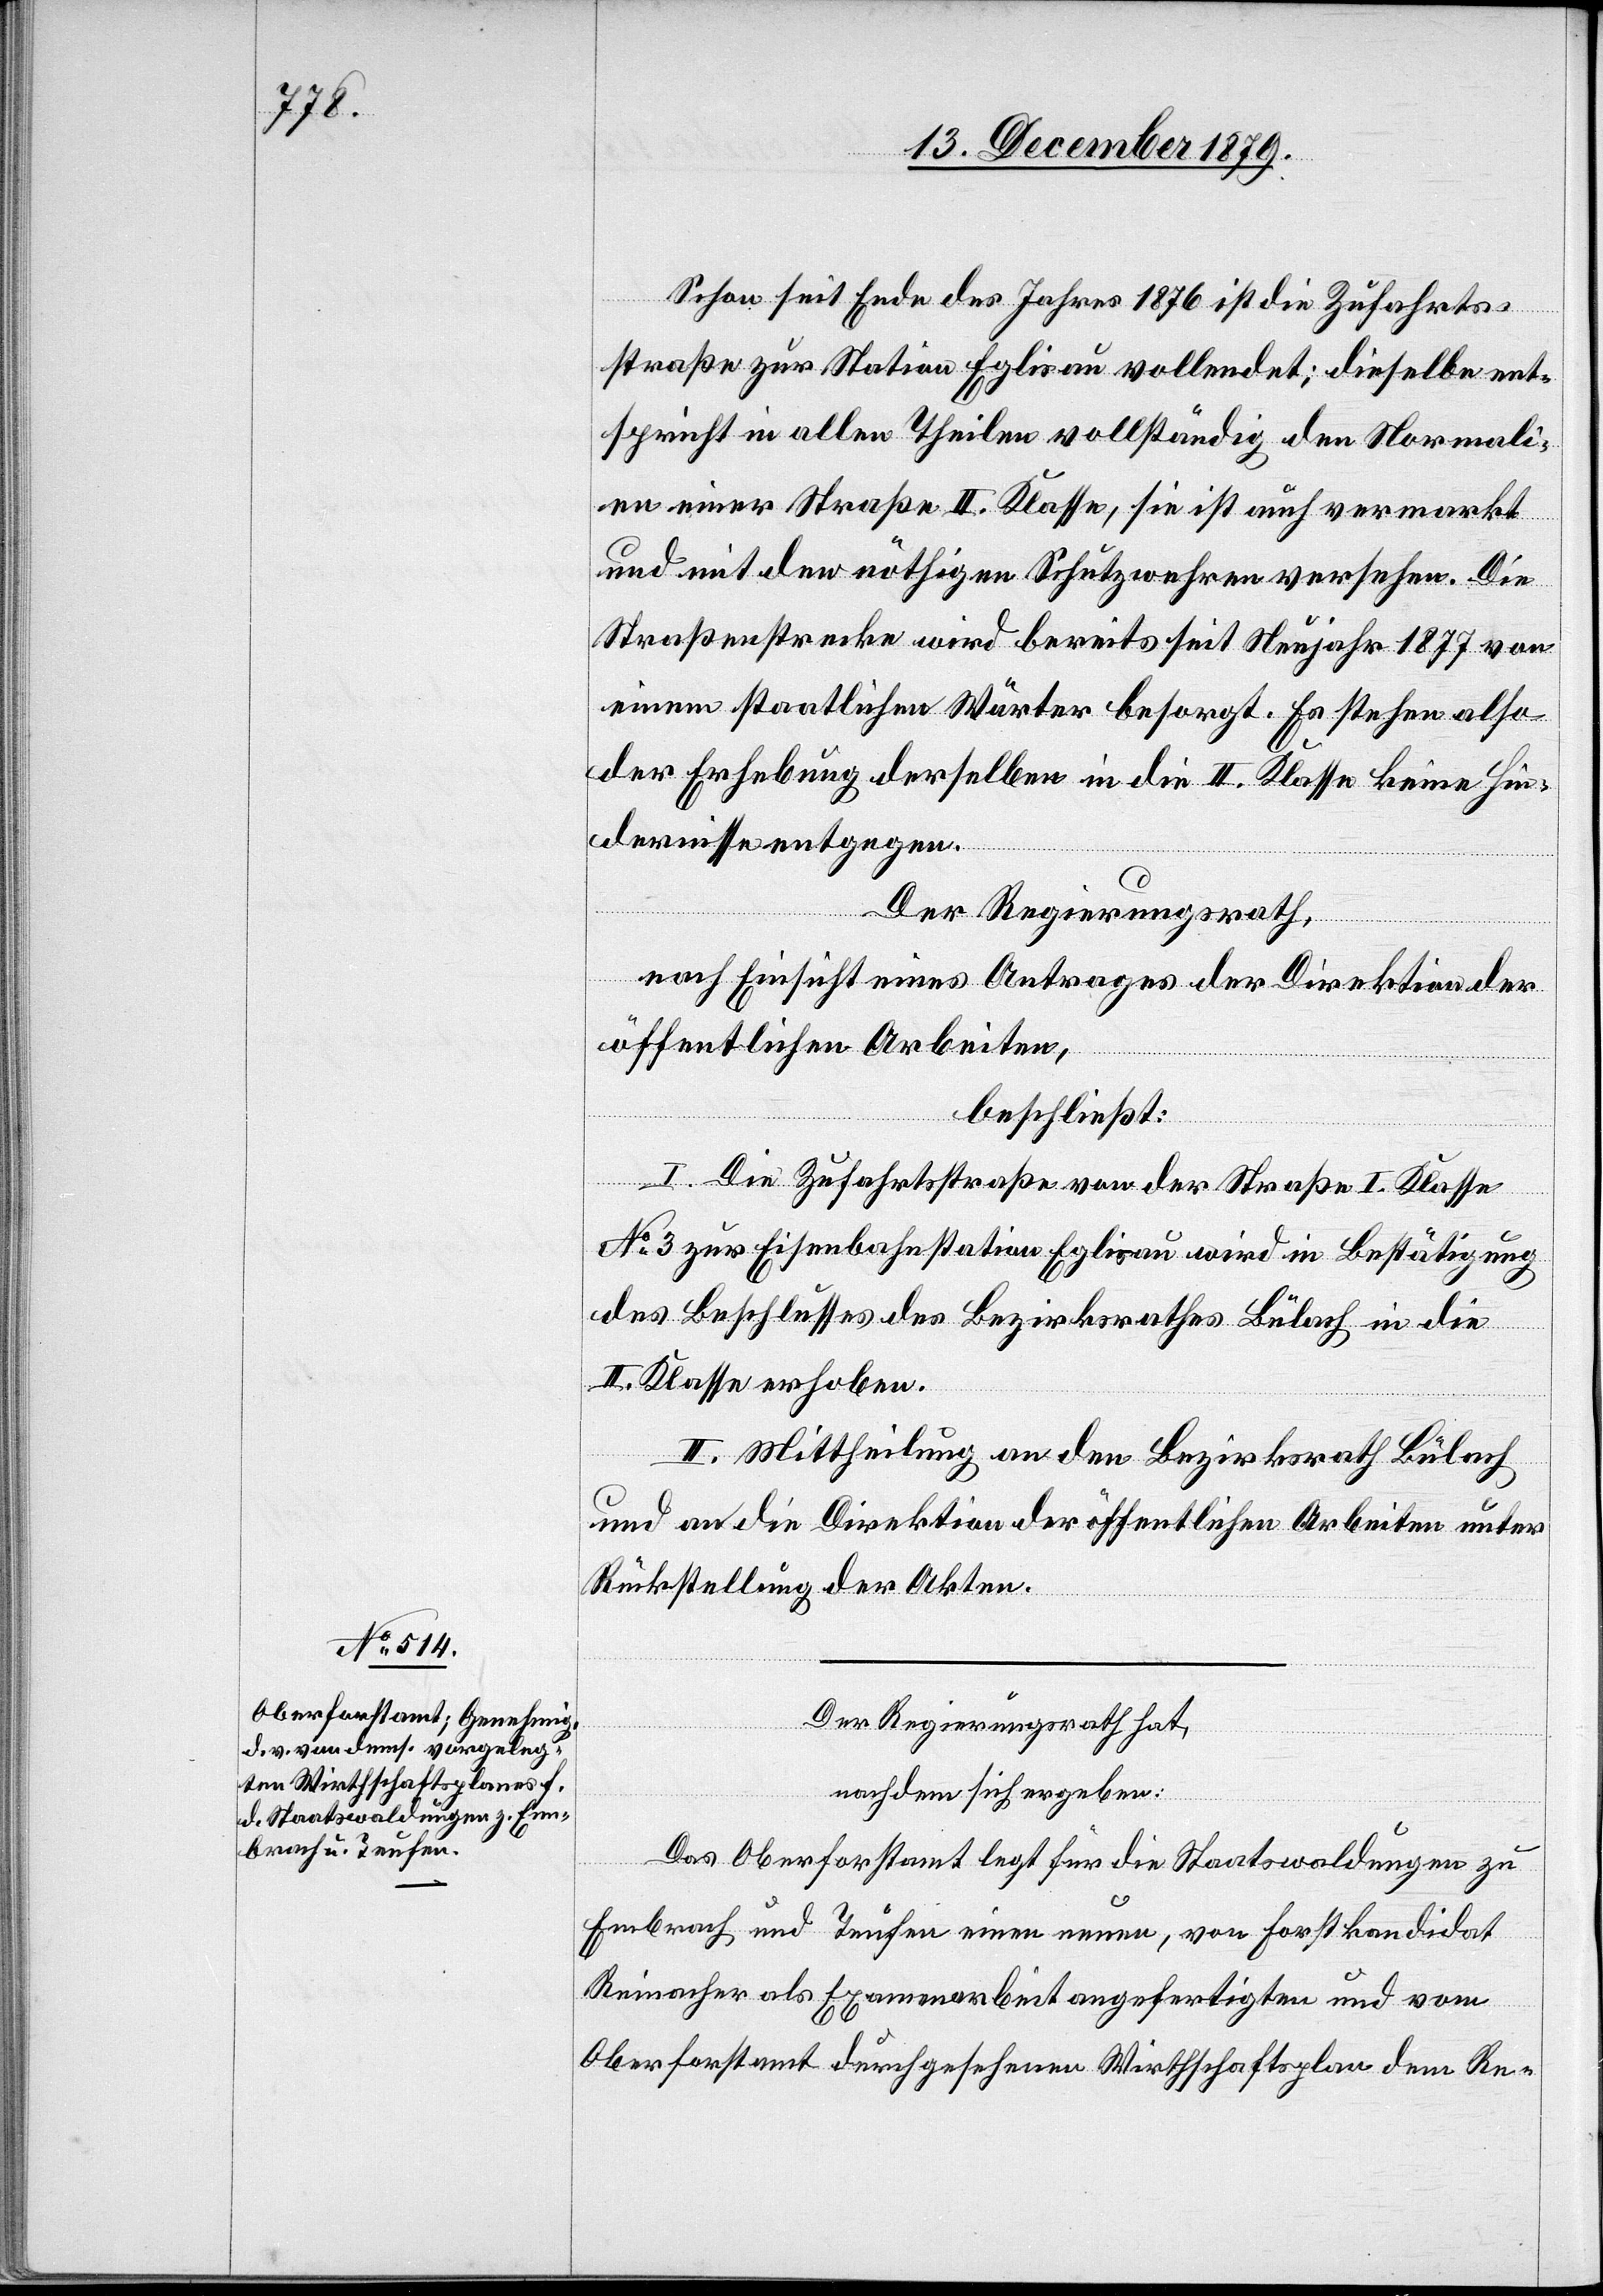
Schon seit Ende des Jahres 1876 ist die Zufahrts¬
straße zur Station Eglisau vollendet; dieselbe ent¬
spricht in allen Theilen vollständig den Normali¬
en einer Straße II. Klasse, sie ist auch vermarkt
und mit den nöthigen Schutzwehren versehen. Die
Straßenstrecke wird bereits seit Neujahr 1877 von
einem staatlichen Wärter besorgt. Es stehen also
der Erhebung derselben in die II. Klasse keine Hin¬
dernisse entgegen.
Der Regierungsrath,
nach Einsicht eines Antrages der Direktion der
öffentlichen Arbeiten,
beschließt:
I. Die Zufahrtsstraße von der Straße I. Klasse
No 3 zur Eisenbahnstation Eglisau wird in Bestätigung
des Beschlusses des Bezirksrathes Bülach in die
II. Klasse erhoben.
II. Mittheilung an den Bezirksrath Bülach
und an die Direktion der öffentlichen Arbeiten unter
Rückstellung der Akten.
Der Regierungsrat hat,
nachdem sich ergeben:
Das Oberforstamt legt für die Staatswaldungen zu
Embrach und Teufen einen neuen, von Forstkandidat
Reimacher als Examenarbeit angefertigten und vom
Oberforstamt durchgesehenen Wirthschaftsplan dem Re-